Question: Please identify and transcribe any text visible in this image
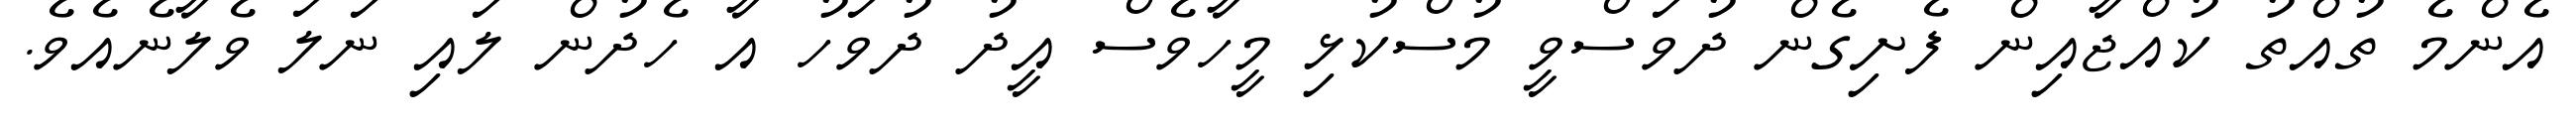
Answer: އެންމެ ތުއްތު ކުއްޖާއިން ފެށިގެން ދުވަސްވީ މުސްކުޅި މީހާވެސް އީދު ދުވަހު އާ ހެދުން ލައި ނަލަ ވެލާނެއެވެ.